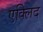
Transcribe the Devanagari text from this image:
एक्लिद